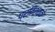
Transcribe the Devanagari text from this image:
प्रतिशतके